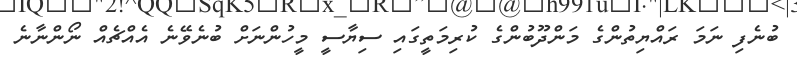
ބުނެފި ނަމަ ރައްޔިތުންގެ މަންދޫބުންގެ ކުރިމަތީގައި ސިޔާސީ މީހުންނަށް ބުނެވޭނެ އެއްޗެއް ނޯންނާނެ